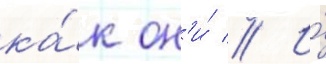
ка́к он'и́ // И́